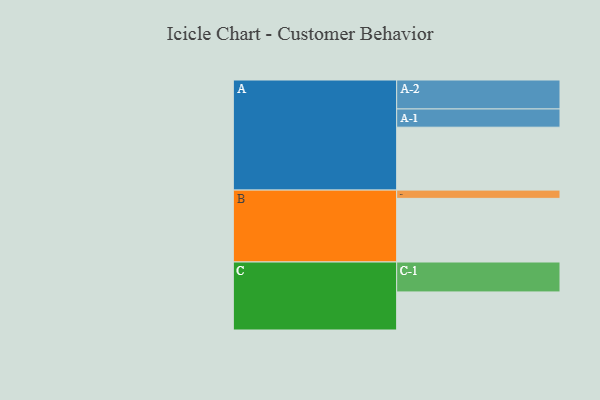
{"axis": {"x": "Segment", "y": "Value"}, "legend": ["", "A", "B", "C"], "data": [{"x": "A", "y": 593, "type": ""}, {"x": "B", "y": 600, "type": ""}, {"x": "C", "y": 359, "type": ""}, {"x": "A-1", "y": 172, "type": "A"}, {"x": "A-2", "y": 273, "type": "A"}, {"x": "B-1", "y": 78, "type": "B"}, {"x": "C-1", "y": 282, "type": "C"}]}